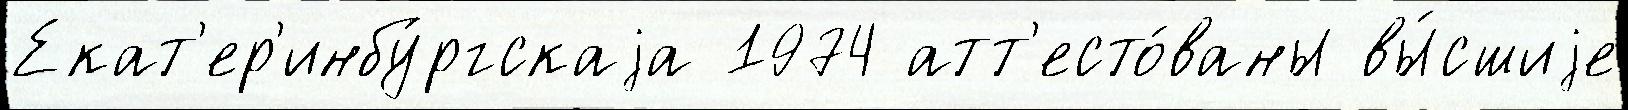
Екат'ер'инбу́ргскаjа 1974 атт'есто́ваны вы́сшиjе